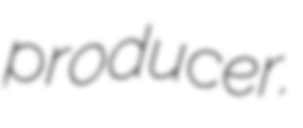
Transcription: producer.